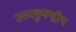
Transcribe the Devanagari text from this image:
उत्तरकुरूद्वीप